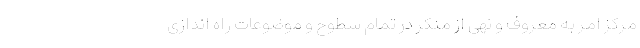
مرکز امر به معروف و نهی از منکر در تمام سطوح و موضوعات راه اندازی